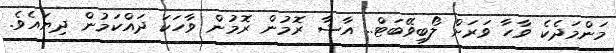
މަންމަދެކެ ވާހާ ވަރަށް ލޯބިވޭބަޓް.. އާޝާ ރޮމުން ރޮމުން ވާހަކަ ދައްކަމުން ދިޔައެވެ.